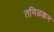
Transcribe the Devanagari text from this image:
तमिळक्कम